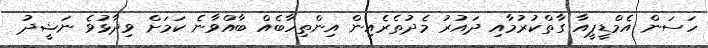
ހަސަން އެމްޑީޕީއާ ގާތްކުރުމާއި ދައުރު މެދުތެރެއިން އިންތިހާބެއް ބާއްވާނެ ކަމަށް ވިދާޅުވެ ނަޝީދު